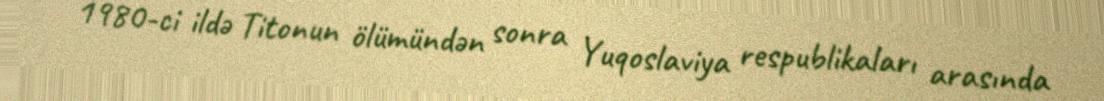
1980-ci ildə Titonun ölümündən sonra Yuqoslaviya respublikaları arasında